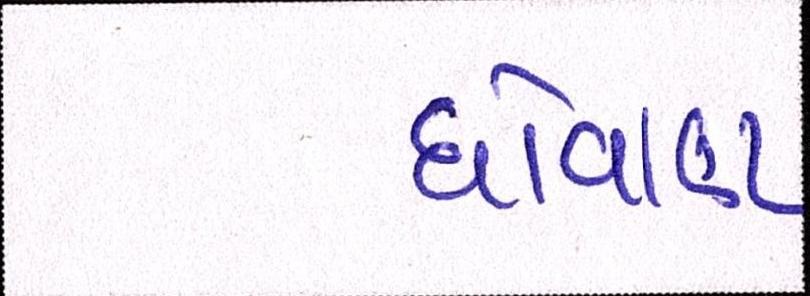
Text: ધોવાણ